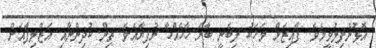
އޮޅުންފިލުވީމެވެ. ފާއިޒަށް މަހަކު ލިބެނީ ބާރަ ހާހެއްހާ ރުފިޔާއެވެ. ތިން ކުދިންނާއި އަޒްލިފާއަށް